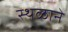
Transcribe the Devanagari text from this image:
स्थळाने